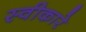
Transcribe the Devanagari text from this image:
स्‍वीकारे